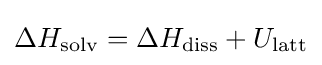
\Delta H_{\text{solv}}=\Delta H_{\text{diss}}+U_{\text{latt}}